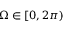
\Omega \in [ 0 , 2 \pi )